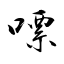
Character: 嘌